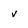
Character: v